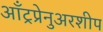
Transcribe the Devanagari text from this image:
आँट्रप्रेनुअरशीप